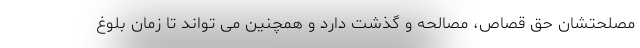
مصلحتشان حق قصاص، مصالحه و گذشت دارد و همچنین می تواند تا زمان بلوغ